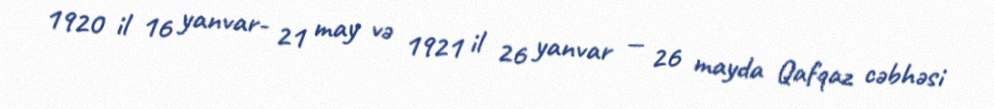
1920 il 16 yanvar- 21 may və 1921 il 26 yanvar — 26 mayda Qafqaz cəbhəsi